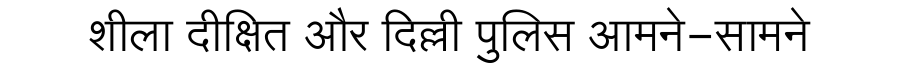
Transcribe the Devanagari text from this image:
शीला दीक्षित और दिल्ली पुलिस आमने-सामने